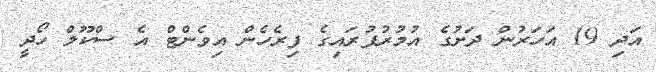
އަދި 19 އަހަރުން ދަށުގެ އުމުރުފުރައިގެ ފިރެހެން އިވެންޓް އެ ސްކޫލް ހޯދީ